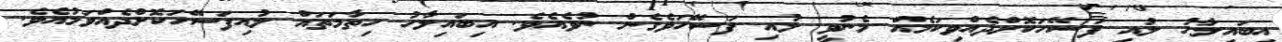
އިބައިލާހު ލުއި ފަސޭހަކޮށްދެއްވިކަމެއް މެނުވީ ލުއި ފަސޭހަވެގެން ނުވެއެވެ. އިބައިލާހު ހިތާމަތައް ލުއިފަސޭހަކޮށްދެއްވަމުއެވެ.